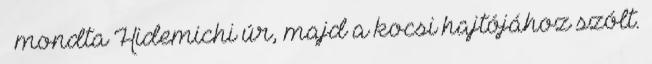
– mondta Hidemichi úr, majd a kocsi hajtójához szólt.